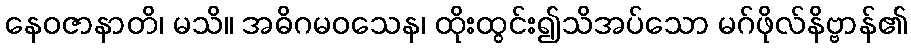
နေဝဇာနာတိ၊ မသိ။ အဓိဂမဝသေန၊ ထိုးထွင်း၍သိအပ်သော မဂ်ဖိုလ်နိဗ္ဗာန်၏